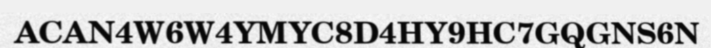
ACAN4W6W4YMYC8D4HY9HC7GQGNS6N